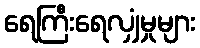
ရေကြီးရေလျှံမှုများ